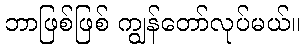
ဘာဖြစ်ဖြစ် ကျွန်တော်လုပ်မယ်။